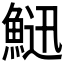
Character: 𩷰